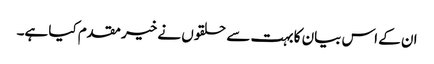
ان کے اس بیان کا بہت سے حلقوں نے خیر مقدم کیا ہے۔